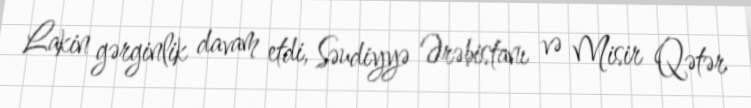
Lakin gərginlik davam etdi, Səudiyyə Ərəbistanı və Misir Qətər